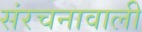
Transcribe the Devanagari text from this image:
संरचनावाली